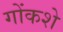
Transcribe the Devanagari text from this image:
गोंकशे